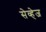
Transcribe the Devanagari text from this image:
सेव्हेज